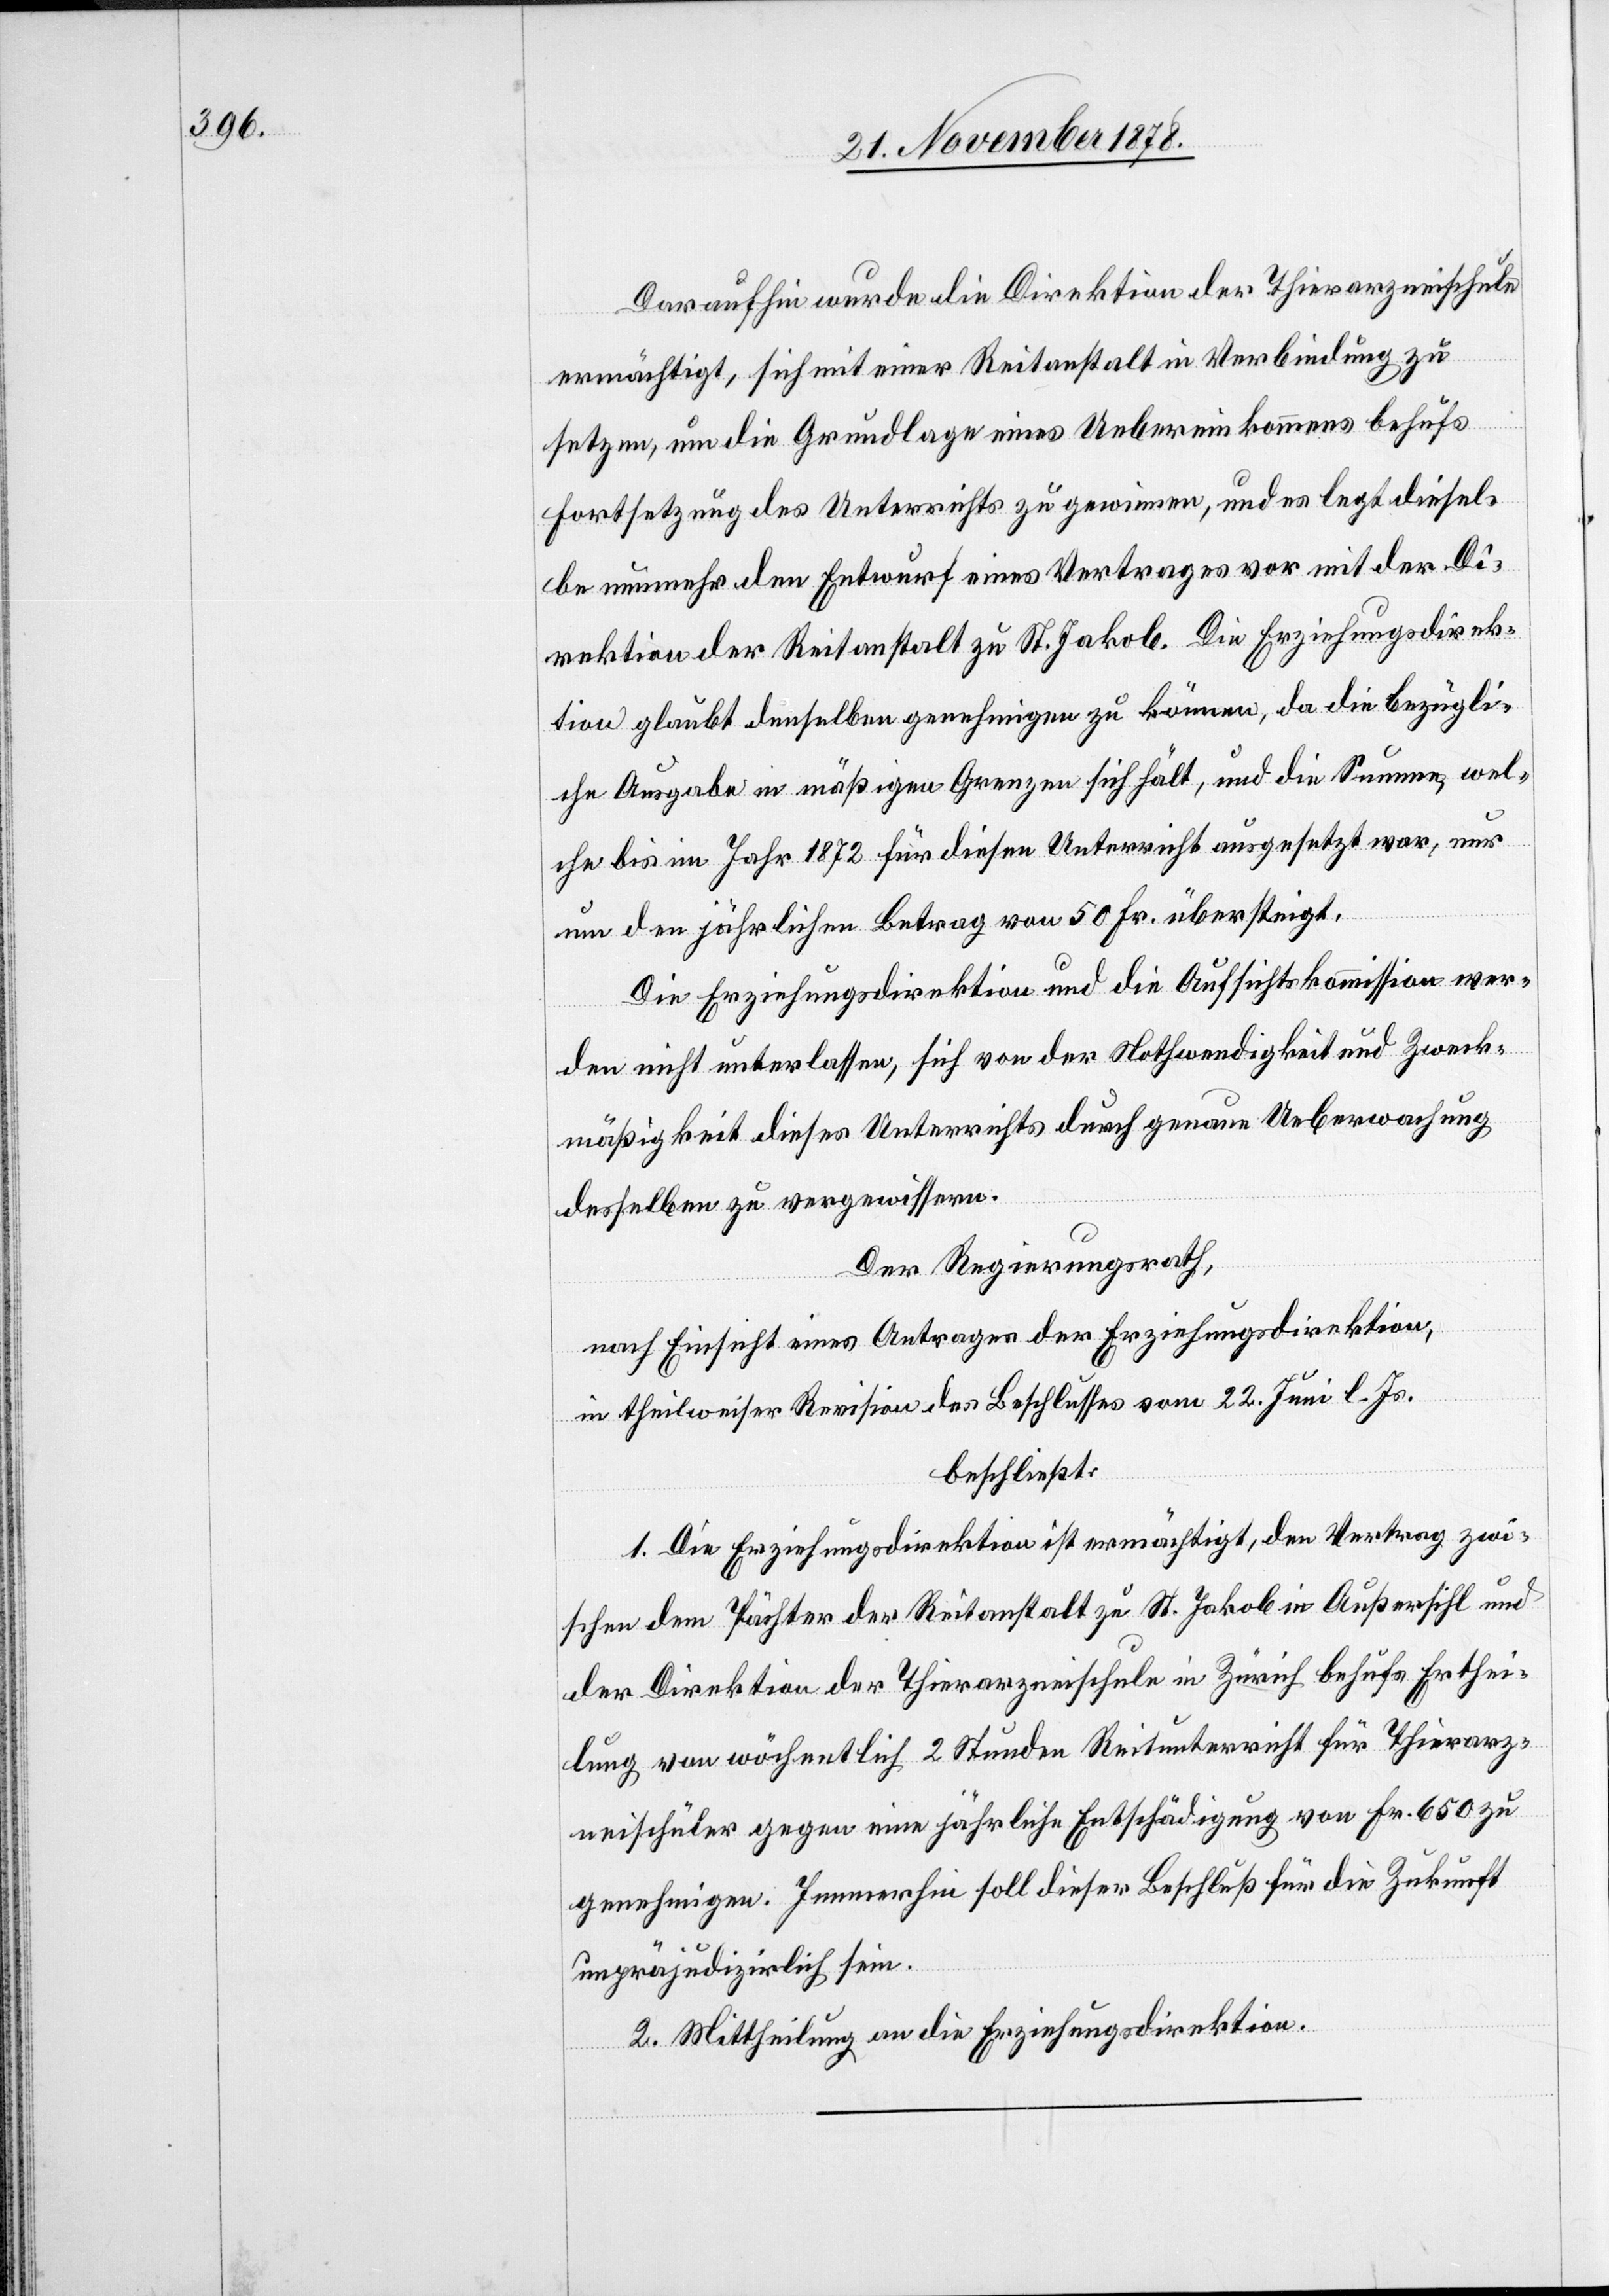
Daraufhin wurde die Direktion der Thierarzneischule
ermächtigt, sich mit einer Reitanstalt in Verbindung zu
setzen, um die Grundlage eines Uebereinkommens behufs
Fortsetzung des Unterrichts zu gewinnen, und es legt diesel¬
be nunmehr den Entwurf eines Vertrages vor mit der Di¬
rektion der Reitanstalt zu St. Jakob. Die Erziehungsdirek¬
tion glaubt denselben genehmigen zu können, da die bezügli¬
che Ausgabe in mäßigen Grenzen sich hält, und die Summe, wel¬
che bis im Jahr 1872 für diesen Unterricht ausgesetzt war, nur
um den jährlichen Betrag von 50 Fr. übersteigt.
Die Erziehungsdirektion und die Aufsichtskommission wer¬
den nicht unterlassen, sich von der Nothwendigkeit und Zweck¬
mäßigkeit dieses Unterrichts durch genaue Ueberwachung
desselben zu vergewissern.
Der Regierungsrath,
nach Einsicht eines Antrages der Erziehungsdirektion,
in theilweiser Revision des Beschlusses vom 22. Juni l. Js.
beschließt:
1. Die Erziehungsdirektion ist ermächtigt, den Vertrag zwi¬
schen dem Pächter der Reitanstalt zu St. Jakob in Außersihl und
der Direktion der Thierarzneischule in Zürich behufs Erthei¬
lung von wöchentlich 2 Stunden Reitunterricht für Thierarz¬
neischüler gegen eine jährliche Entschädigung von Fr. 650 zu
genehmigen. Immerhin soll dieser Beschluß für die Zukunft
unpräjudizirlich sein.
2. Mittheilung an die Erziehungsdirektion.